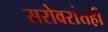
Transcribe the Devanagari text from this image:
सरोवरांतही